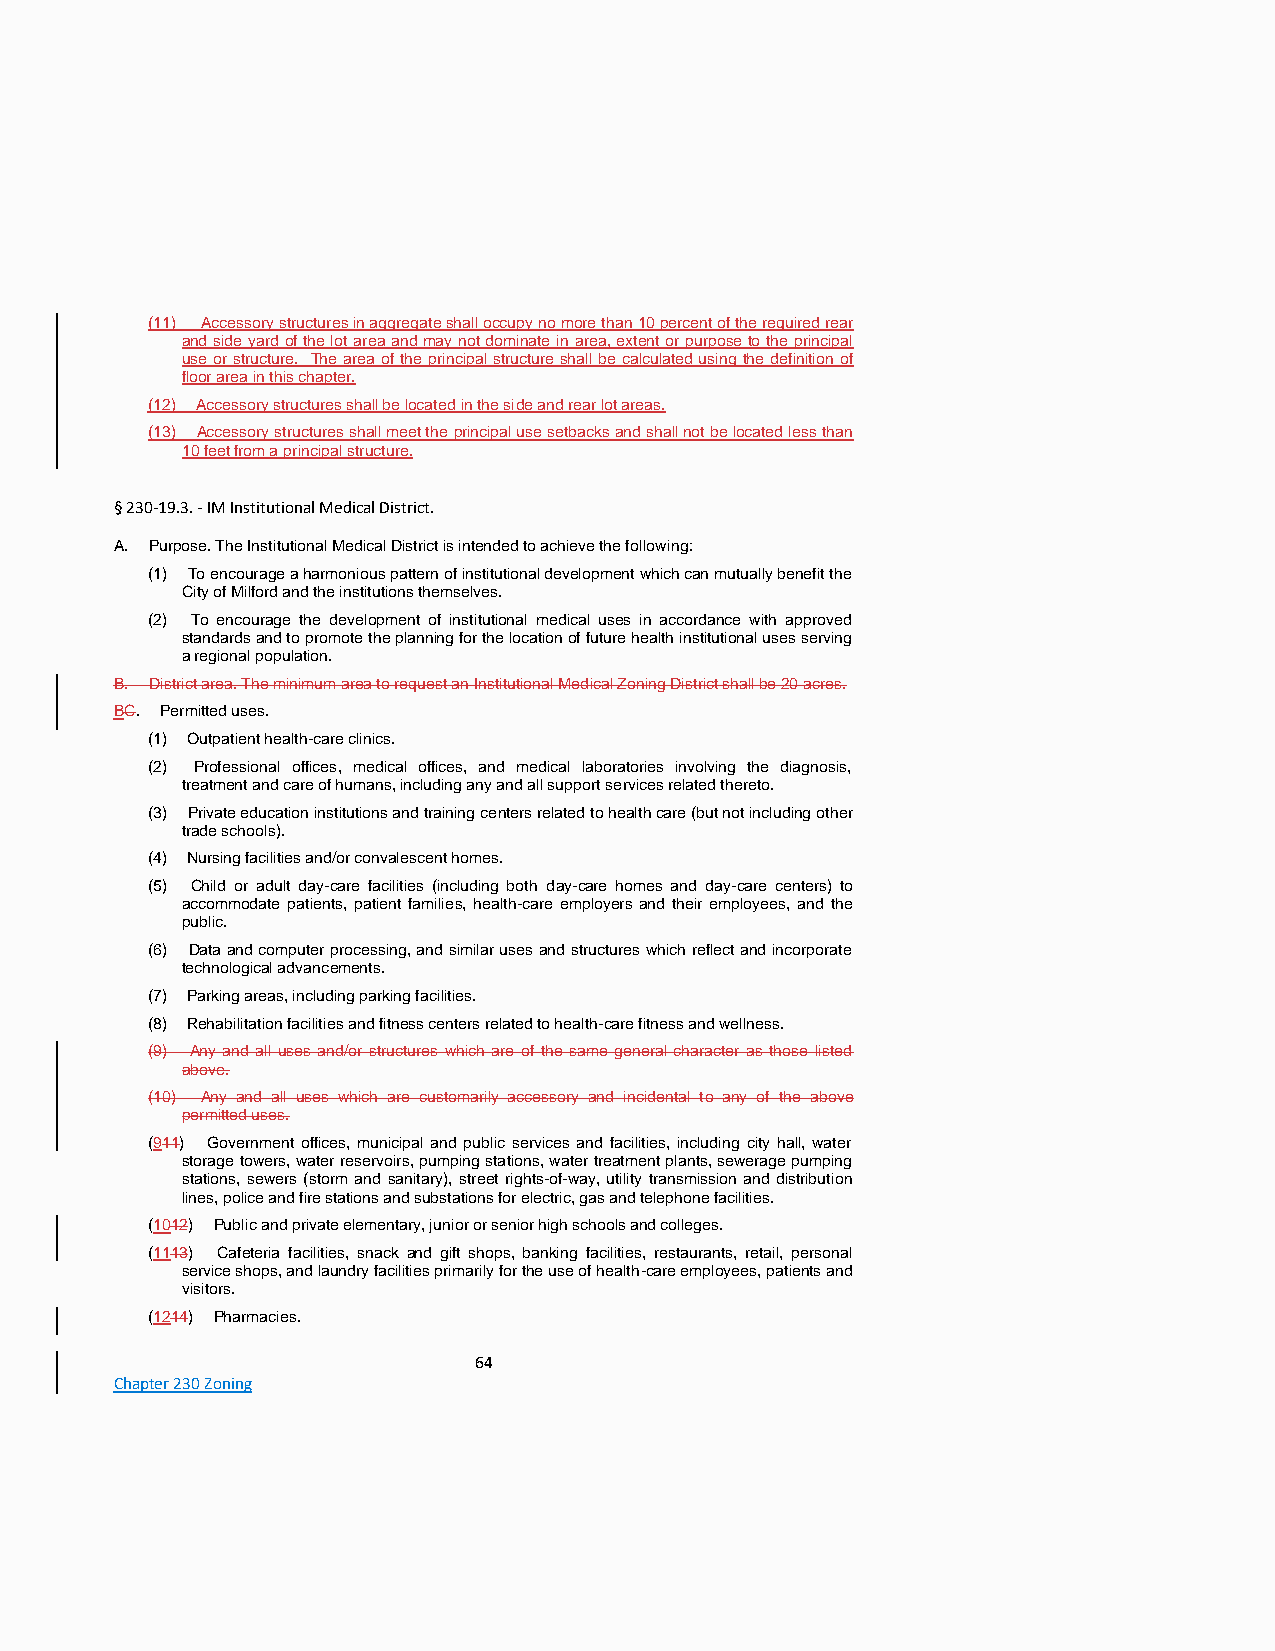
(11) Accessory structures in aggregate shall occupy no more than 10 percent of the required rear
 and side yard of the lot area and may not dominate in area, extent or purpose to the principal
 use or structure. The area of the principal structure shall be calculated using the definition of
 floor area in this chapter.
 (12) Accessory structures shall be located in the side and rear lot areas.
 (13) Accessory structures shall meet the principal use setbacks and shall not be located less than
 10 feet from a principal structure.
 § 230-19.3. - IM Institutional Medical District.
 A. Purpose. The Institutional Medical District is intended to achieve the following:
 (1) To encourage a harmonious pattern of institutional development which can mutually benefit the
 City of Milford and the institutions themselves.
 (2) To encourage the development of institutional medical uses in accordance with approved
 standards and to promote the planning for the location of future health institutional uses serving
 a regional population.
 B. District area. The minimum area to request an Institutional Medical Zoning District shall be 20 acres.
 BC. Permitted uses.
 (1) Outpatient health-care clinics.
 (2) Professional offices, medical offices, and medical laboratories involving the diagnosis,
 treatment and care of humans, including any and all support services related thereto.
 (3) Private education institutions and training centers related to health care (but not including other
 trade schools).
 (4) Nursing facilities and/or convalescent homes.
 (5) Child or adult day-care facilities (including both day-care homes and day-care centers) to
 accommodate patients, patient families, health-care employers and their employees, and the
 public.
 (6) Data and computer processing, and similar uses and structures which reflect and incorporate
 technological advancements.
 (7) Parking areas, including parking facilities.
 (8) Rehabilitation facilities and fitness centers related to health-care fitness and wellness.
 (9) Any and all uses and/or structures which are of the same general character as those listed
 above.
 (10) Any and all uses which are customarily accessory and incidental to any of the above
 permitted uses.
 (911) Government offices, municipal and public services and facilities, including city hall, water
 storage towers, water reservoirs, pumping stations, water treatment plants, sewerage pumping
 stations, sewers (storm and sanitary), street rights-of-way, utility transmission and distribution
 lines, police and fire stations and substations for electric, gas and telephone facilities.
 (1012) Public and private elementary, junior or senior high schools and colleges.
 (1113) Cafeteria facilities, snack and gift shops, banking facilities, restaurants, retail, personal
 service shops, and laundry facilities primarily for the use of health-care employees, patients and
 visitors.
 (1214) Pharmacies.
 64
 Chapter 230 Zoning